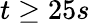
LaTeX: t\geq 25s